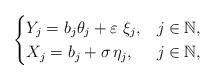
LaTeX: \begin{align*}\begin{cases} Y_j=b_j \theta_j+\varepsilon \; \xi_j, & j \in \mathbb{N}, \\X_j= b_j +\sigma \, \eta_j, & j \in \mathbb{N},\end{cases}\end{align*}